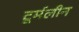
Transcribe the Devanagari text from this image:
टूर्मलीन